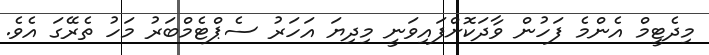
މިދެޓީމް އެންމެ ފަހުން ވާދަކޮށްފައިވަނީ މިދިޔަ އަހަރު ސެޕްޓެމްބަރު މަހު ތެރޭގަ އެވެ.